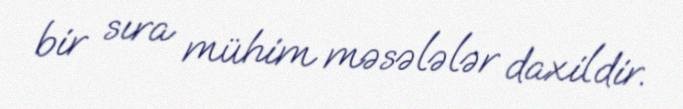
bir sıra mühim məsələlər daxildir.